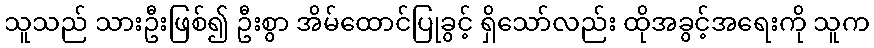
သူသည် သားဦးဖြစ်၍ ဦးစွာ အိမ်ထောင်ပြုခွင့် ရှိသော်လည်း ထိုအခွင့်အရေးကို သူက